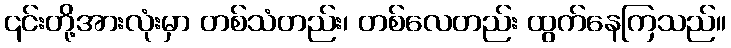
၎င်းတို့အားလုံးမှာ တစ်သံတည်း၊ တစ်လေတည်း ထွက်နေကြသည်။